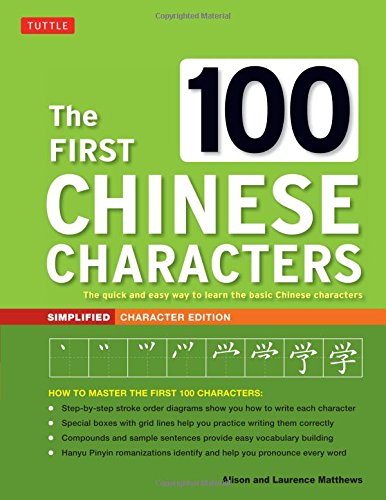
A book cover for The First 100 Chinese Characters: Simplified Character Edition: The Quick and Easy Way to Learn the Basic Chinese Characters (Tuttle Language Library); Laurence Matthews; Reference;